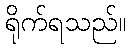
ရိုက်ရသည်။